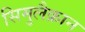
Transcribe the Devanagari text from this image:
सिमुलैक्रान